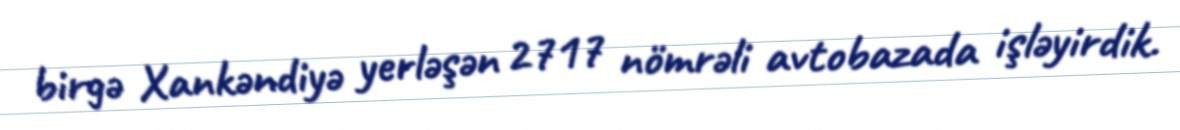
birgə Xankəndiyə yerləşən 2717 nömrəli avtobazada işləyirdik.